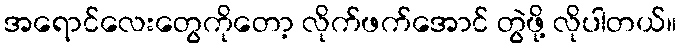
အရောင်လေးတွေကိုတော့ လိုက်ဖက်အောင် တွဲဖို့ လိုပါတယ်။